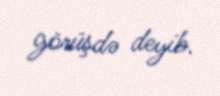
görüşdə deyib.